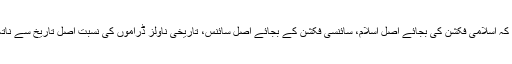
مجھے لگتا ہے کہ اسلامی فکشن کی بجائے اصل اسلام، سائنسی فکشن کے بجائے اصل سائنس، تاریخی ناولز ڈراموں کی نسبت اصل تاریخ سے ناتہ جوڑنا چاہیے۔